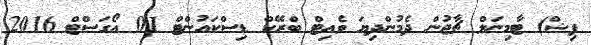
ފިޝް) ޓާމިނަލް ޗާޖުން ދެމުންދިޔަ ވެއިޓް ބްރޭކް ޑިސްކައުންޓް 01 އޯގަސްޓް 2016